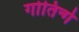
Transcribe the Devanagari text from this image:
गोतिन्गे